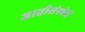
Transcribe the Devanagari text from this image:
जातीसंस्थेचे